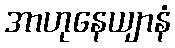
အာဟုနေယျာနံ